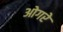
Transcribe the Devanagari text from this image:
ओगरे